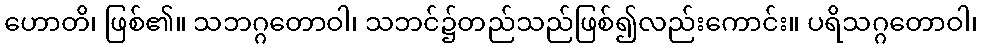
ဟောတိ၊ ဖြစ်၏။ သဘဂ္ဂတောဝါ၊ သဘင်၌တည်သည်ဖြစ်၍လည်းကောင်း။ ပရိသဂ္ဂတောဝါ၊